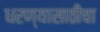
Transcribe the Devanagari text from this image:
धरण्यासाठीचा